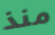
منذ